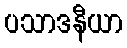
ပသာဒနီယာ